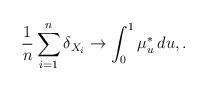
LaTeX: \begin{align*}\frac{1}{n}\sum_{i=1}^n\delta_{X_i} \to \int_0^1\mu^*_u \,du, . \end{align*}